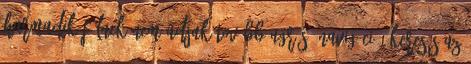
harmadik félnek nem adjuk tovább Ugrás: navigáció, keresés Az